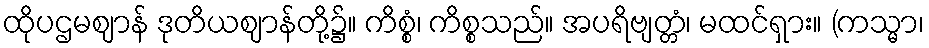
ထိုပဌမဈာန် ဒုတိယဈာန်တို့၌။ ကိစ္စံ၊ ကိစ္စသည်။ အပရိဗျတ္တံ၊ မထင်ရှား။ (ကသ္မာ၊